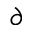
\partial